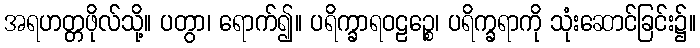
အရဟတ္တဖိုလ်သို့။ ပတွာ၊ ရောက်၍။ ပရိက္ခာရဝဠဉ္စေ၊ ပရိက္ခရာကို သုံးဆောင်ခြင်း၌။